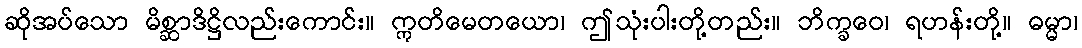
ဆိုအပ်သော မိစ္ဆာဒိဋ္ဌိလည်းကောင်း။ ဣတိမေတယော၊ ဤသုံးပါးတို့တည်း။ ဘိက္ခဝေ၊ ရဟန်းတို့။ ဓမ္မာ၊